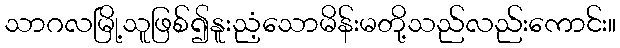
သာဂလမြို့သူဖြစ်၍နူးညံ့သောမိန်းမတို့သည်လည်းကောင်း။